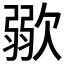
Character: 𱤹